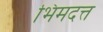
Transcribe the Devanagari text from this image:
भिमदत्त